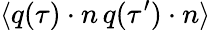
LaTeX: \langle q(\tau)\cdot n\, q(\tau^{\prime})\cdot n\rangle